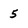
Character: 5